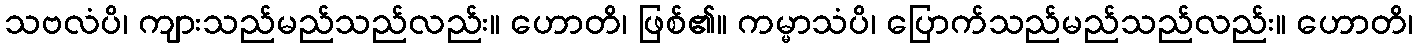
သဗလံပိ၊ ကျားသည်မည်သည်လည်း။ ဟောတိ၊ ဖြစ်၏။ ကမ္မာသံပိ၊ ပြောက်သည်မည်သည်လည်း။ ဟောတိ၊